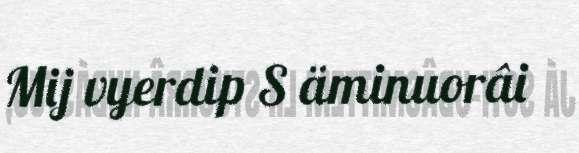
Mij vyerdip S äminuorâi